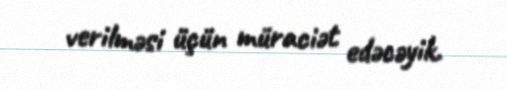
verilməsi üçün müraciət edəcəyik.